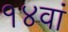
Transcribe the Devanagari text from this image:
१४वां